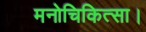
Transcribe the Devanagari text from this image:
मनोचिकित्सा।